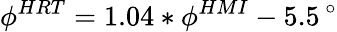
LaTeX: \phi^{HRT}=1.04\ast\phi^{HMI}-5.5\, ^{\circ}